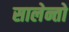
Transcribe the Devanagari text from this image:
सालेन्तो